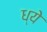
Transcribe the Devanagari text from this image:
ध्ये